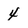
Character: 4